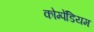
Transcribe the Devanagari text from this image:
कोम्पेंडियम